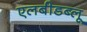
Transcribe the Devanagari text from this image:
एलबीडब्लू